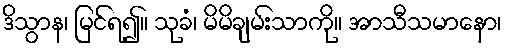
ဒိသွာန၊ မြင်ရ၍။ သုခံ၊ မိမိချမ်းသာကို။ အာသီသမာနော၊